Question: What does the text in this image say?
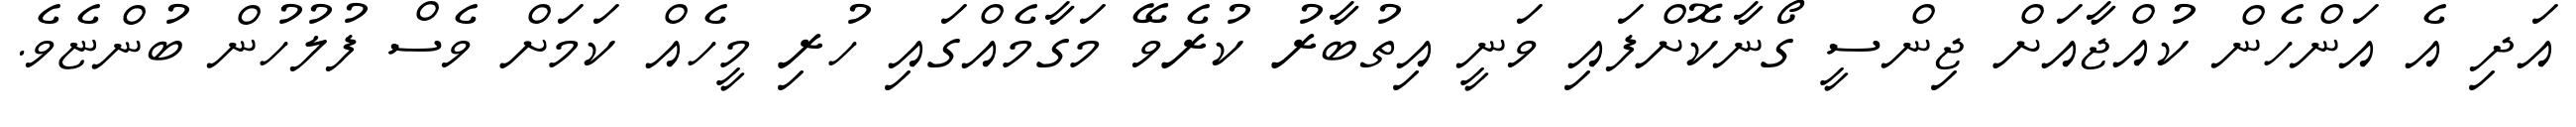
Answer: އަދި އެ އަންހެން ކުއްޖާއަށް ޖިންސީ ގޯނާކޮށްފައި ވަނީ އިތުބާރު ކުރެވޭ މަގާމެއްގައި ހުރި މީހެއް ކަމަށް ވެސް ފުލުހުން ބުންޏެވެ.